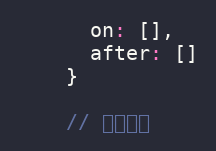
Language: JavaScript
      on: [],
      after: []
    }

    // 当前信息